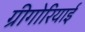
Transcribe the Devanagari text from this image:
ग्रीगोरियाई